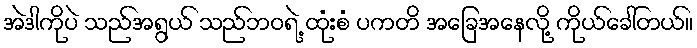
အဲဒါကိုပဲ သည်အရွယ် သည်ဘဝရဲ့ ထုံးစံ ပကတိ အခြေအနေလို့ ကိုယ်ခေါ်တယ်။